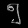
Digit: ၅